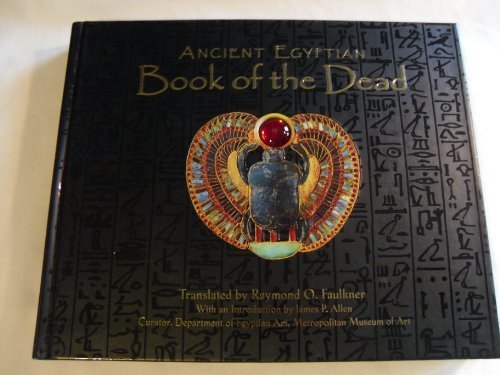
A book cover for Ancient Egyptian Book of the Dead Hardcover 2005; Raymond O. Faulkner; Religion & Spirituality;